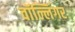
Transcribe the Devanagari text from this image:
वॉल्लिंगर